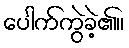
ပေါက်ကွဲခဲ့၏။